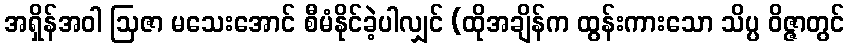
အရှိန်အဝါ ဩဇာ မသေးအောင် စီမံနိုင်ခဲ့ပါလျှင် (ထိုအချိန်က ထွန်းကားသော သိပ္ပ ဝိဇ္ဇာတွင်